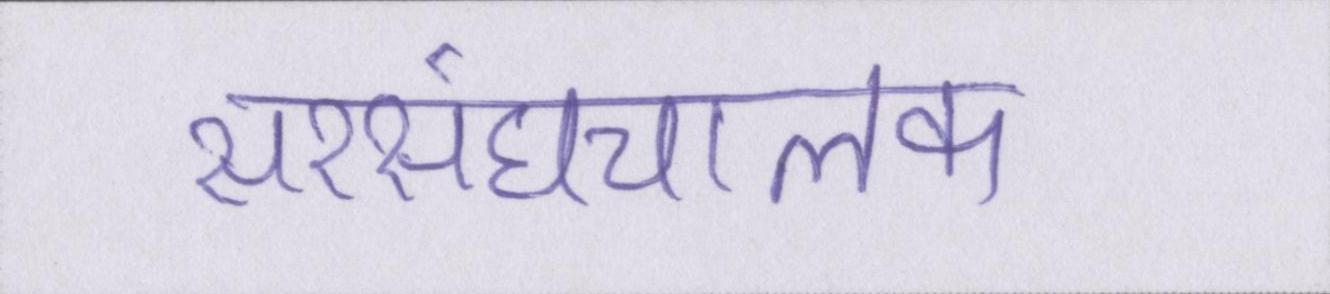
सरसंघचालक